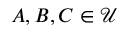
A , B , C \in { \mathcal { U } }